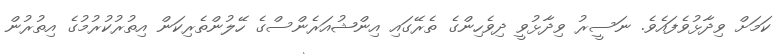
ކަމަށް ވިދާޅުވެފައެވެ. ނަސީރު ވިދާޅުވީ ދިވެހިންގެ ތެރޭގައި އިންޝުއަރެންސްގެ ހޭލުންތެރިކަން އިތުރުކުރުމުގެ އިތުރުން